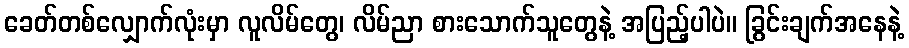
ခေတ်တစ်လျှောက်လုံးမှာ လူလိမ်တွေ၊ လိမ်ညာ စားသောက်သူတွေနဲ့ အပြည့်ပါပဲ။ ခြွင်းချက်အနေနဲ့